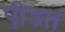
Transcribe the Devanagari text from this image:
पी़डत